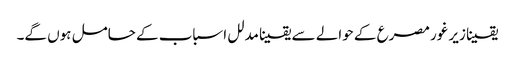
یقینا زیر غور مصرع کے حوالے سے یقینا مدلل اسباب کے حامل ہوں گے۔